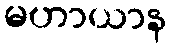
မဟာယာန